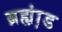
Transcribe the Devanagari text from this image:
ब्रह्म़ा़ंड